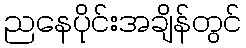
ညနေပိုင်းအချိန်တွင်